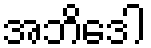
အဘိဒေါ